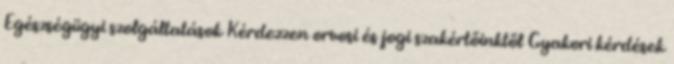
Egészségügyi szolgáltatások Kérdezzen orvosi és jogi szakértőinktől Gyakori kérdések